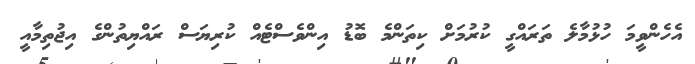
އެހެންވީމަ ހުޅުމާލެ ތަރައްގީ ކުރުމަށް ކިތަންމެ ބޮޑު އިންވެސްޓެއް ކުރިޔަސް ރައްޔިތުންގެ އިޖުތިމާއީ